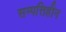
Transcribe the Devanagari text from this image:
सम्पत्तिहीन